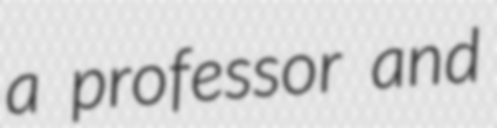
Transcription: a professor and